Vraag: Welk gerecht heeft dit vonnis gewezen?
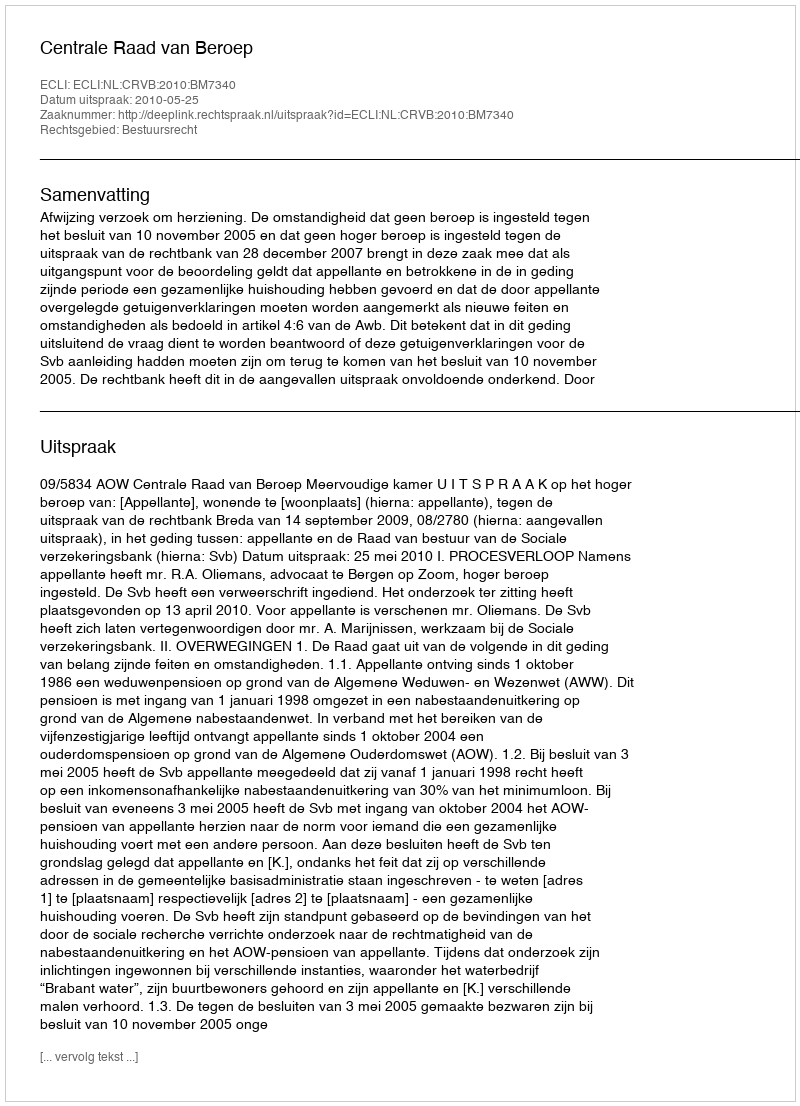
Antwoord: Centrale Raad van Beroep